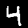
Digit: 4